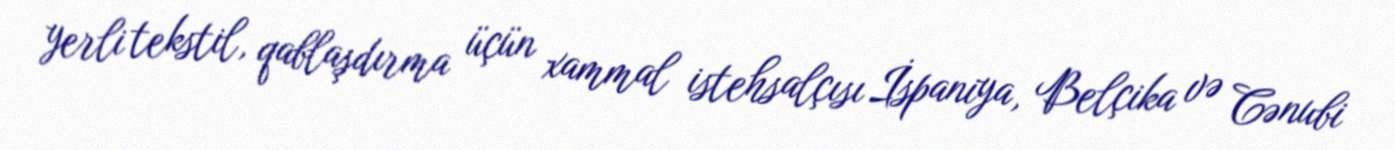
yerli tekstil, qablaşdırma üçün xammal istehsalçısı İspaniya, Belçika və Cənubi